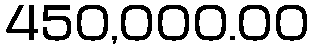
450,000.00